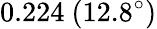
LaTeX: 0.224\ (12.8^{\circ})